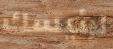
لرئيسك